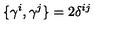
\{ \gamma ^ { i } , \gamma ^ { j } \} = 2 \delta ^ { i j }